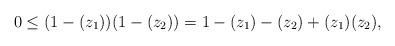
LaTeX: \begin{align*}&0 \leq (1-(z_1))(1-(z_2)) = 1 - (z_1) - (z_2) + (z_1)(z_2), \end{align*}